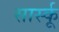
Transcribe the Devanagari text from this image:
सार्स्कू